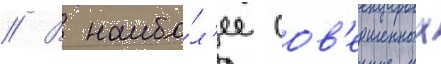
// В наибо́л'ее сов'ершенных